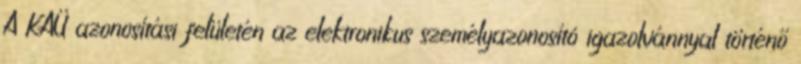
A KAÜ azonosítási felületén az elektronikus személyazonosító igazolvánnyal történő